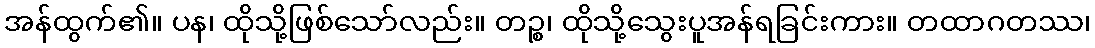
အန်ထွက်၏။ ပန၊ ထိုသို့ဖြစ်သော်လည်း။ တဉ္စ၊ ထိုသို့သွေးပူအန်ရခြင်းကား။ တထာဂတဿ၊